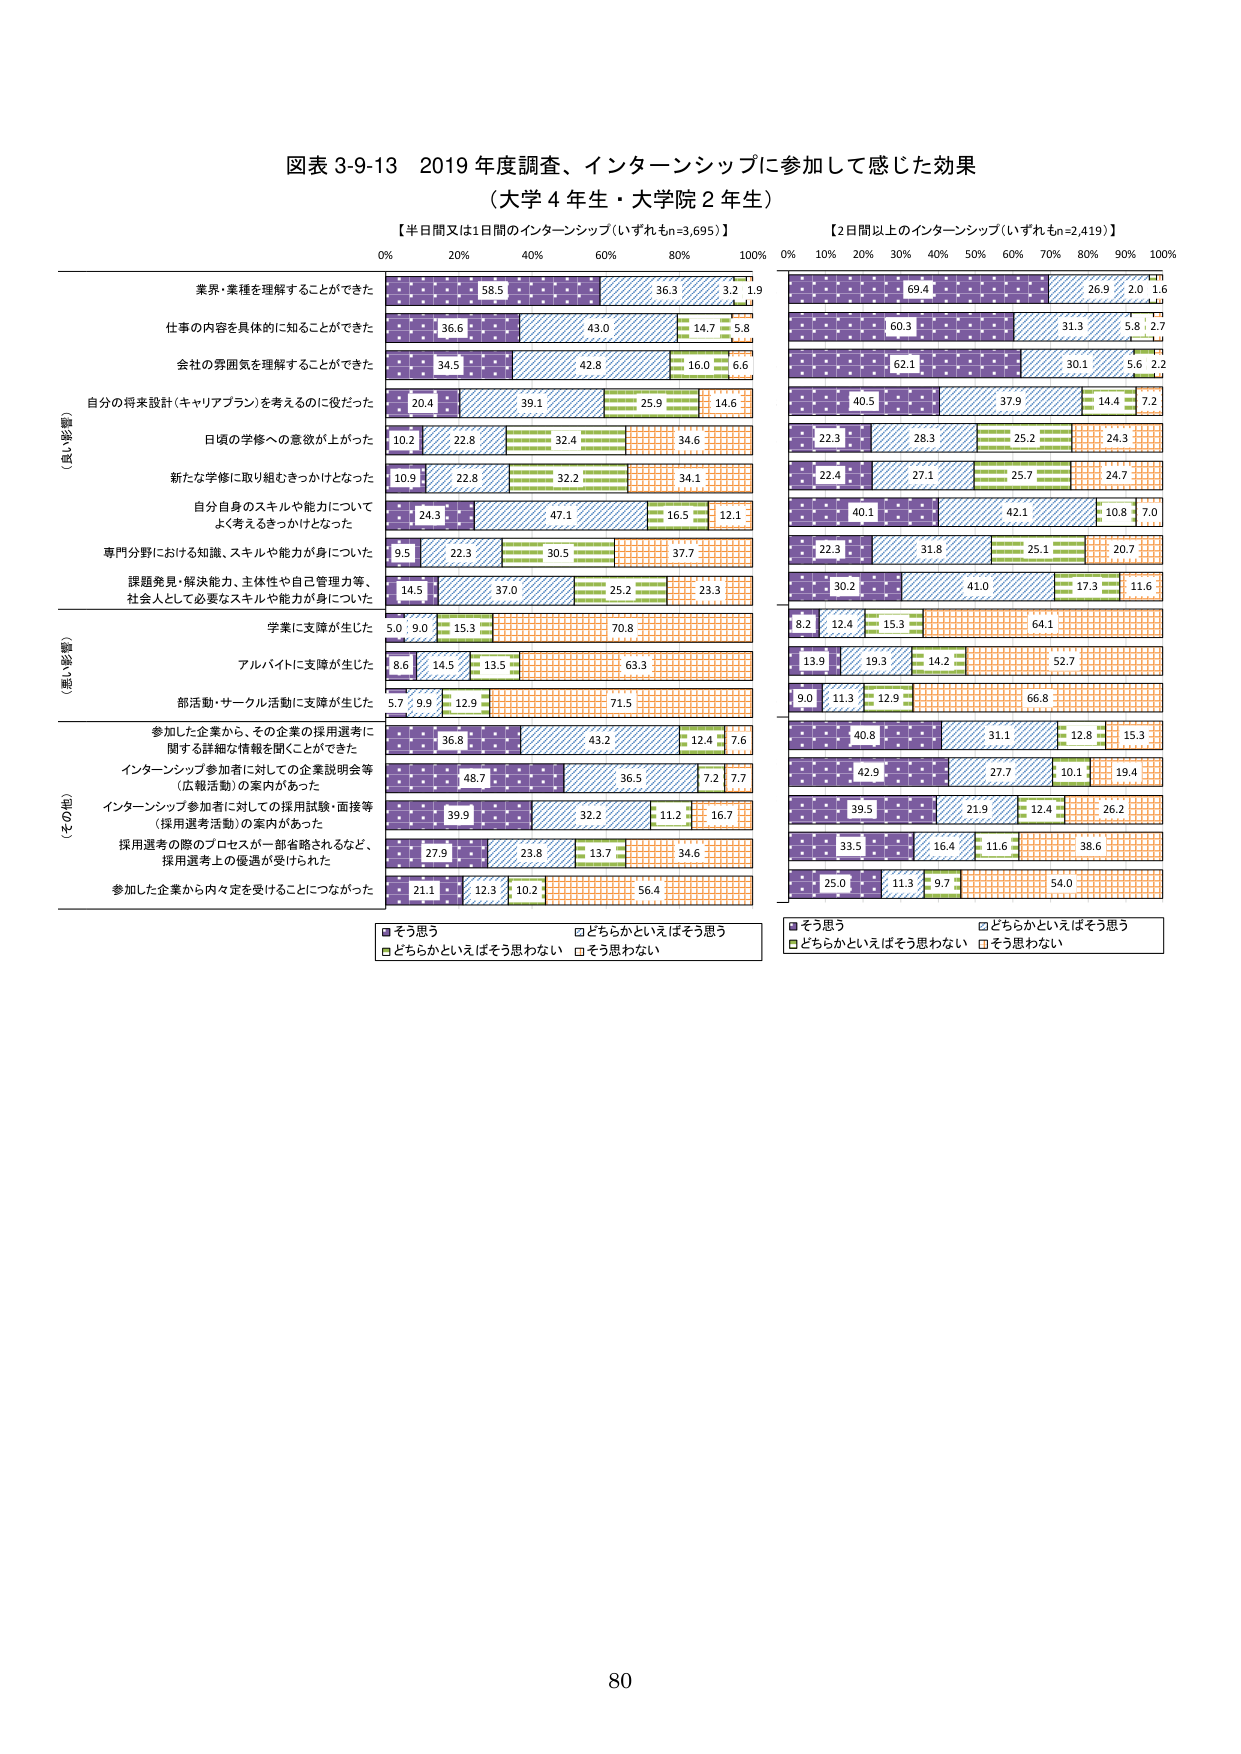
図表 3-9-13 2019 年度調査、インターンシップに参加して感じた効果
（大学 4 年生・大学院 2 年生）

【半日間又は1日間のインターンシップ（いずれもn=3,695）】
【2日間以上のインターンシップ（いずれもn=2,419）】

0% 20% 40% 60% 80% 100%
0% 10% 20% 30% 40% 50% 60% 70% 80% 90% 100%

（良い影響）
業界・業種を理解することができた
58.5 36.3 3.2 1.9
69.4 26.9 2.0 1.6

仕事の内容を具体的に知ることができた
36.6 43.0 14.7 5.8
60.3 31.3 5.8 2.7

会社の雰囲気を理解することができた
34.5 42.8 16.0 6.6
62.1 30.1 5.6 2.2

自分の将来設計（キャリアプラン）を考えるのに役だった
20.4 39.1 25.9 14.6
40.5 37.9 14.4 7.2

日頃の学修への意欲が上がった
10.2 22.8 32.4 34.6
22.3 28.3 25.2 24.3

新たな学修に取り組むきっかけとなった
10.9 22.8 32.2 34.1
22.4 27.1 25.7 24.7

自分自身のスキルや能力について
よく考えるきっかけとなった
24.3 47.1 16.5 12.1
40.1 42.1 10.8 7.0

専門分野における知識、スキルや能力が身についた
9.5 22.3 30.5 37.7
22.3 31.8 25.1 20.7

課題発見・解決能力、主体性や自己管理力等、
社会人として必要なスキルや能力が身についた
14.5 37.0 25.2 23.3
30.2 41.0 17.3 11.6

（悪い影響）
学業に支障が生じた
5.0 9.0 15.3 70.8
8.2 12.4 15.3 64.1

アルバイトに支障が生じた
8.6 14.5 13.5 63.3
13.9 19.3 14.2 52.7

部活動・サークル活動に支障が生じた
5.7 9.9 12.9 71.5
9.0 11.3 12.9 66.8

（その他）
参加した企業から、その企業の採用選考に
関する詳細な情報を聞くことができた
36.8 43.2 12.4 7.6
40.8 31.1 12.8 15.3

インターンシップ参加者に対しての企業説明会等
（広報活動）の案内があった
48.7 36.5 7.2 7.7
42.9 27.7 10.1 19.4

インターンシップ参加者に対しての採用試験・面接等
（採用選考活動）の案内があった
39.9 32.2 11.2 16.7
39.5 21.9 12.4 26.2

採用選考の際のプロセスが一部省略されるなど、
採用選考上の優遇が受けられた
27.9 23.8 13.7 34.6
33.5 16.4 11.6 38.6

参加した企業から内々定を受けることにつながった
21.1 12.3 10.2 56.4
25.0 11.3 9.7 54.0

■そう思う
□どちらかといえばそう思う
■どちらかといえばそう思わない
□そう思わない

■そう思う
□どちらかといえばそう思う
■どちらかといえばそう思わない
□そう思わない

80